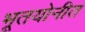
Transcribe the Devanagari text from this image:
भूतयोनीत